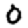
Digit: 0